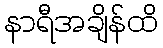
နာရီအချိန်ထိ